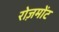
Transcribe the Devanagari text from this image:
रोज़मोंट